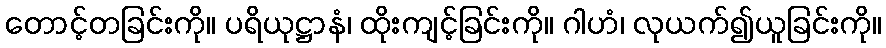
တောင့်တခြင်းကို။ ပရိယုဋ္ဌာနံ၊ ထိုးကျင့်ခြင်းကို။ ဂါဟံ၊ လုယက်၍ယူခြင်းကို။